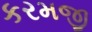
કરમજી